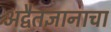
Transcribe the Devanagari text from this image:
अद्वैतज्ञानाचा